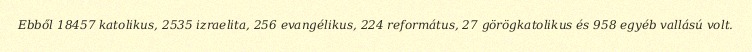
Ebből 18457 katolikus, 2535 izraelita, 256 evangélikus, 224 református, 27 görögkatolikus és 958 egyéb vallású volt.